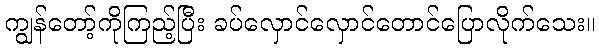
ကျွန်တော့်ကိုကြည့်ပြီး ခပ်လှောင်လှောင်တောင်ပြောလိုက်သေး။